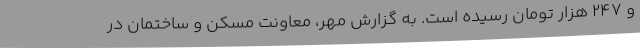
و ۲۴۷ هزار تومان رسیده است. به گزارش مهر، معاونت مسکن و ساختمان در